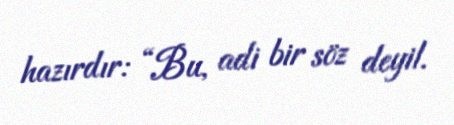
hazırdır: “Bu, adi bir söz deyil.